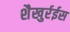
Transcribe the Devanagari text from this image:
शैखुर्रईस